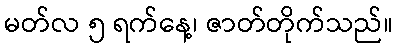
မတ်လ ၅ ရက်နေ့၊ ဇာတ်တိုက်သည်။